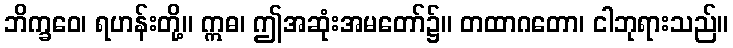
ဘိက္ခဝေ၊ ရဟန်းတို့။ ဣဓ၊ ဤအဆုံးအမတော်၌။ တထာဂတော၊ ငါဘုရားသည်။